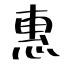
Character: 惠